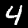
Label: 4